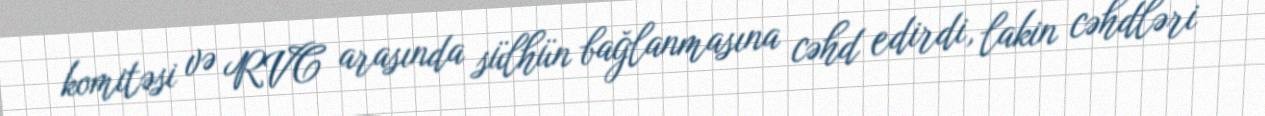
komitəsi və RVC arasında sülhün bağlanmasına cəhd edirdi, lakin cəhdləri